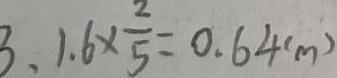
3 、 1 . 6 \times \frac { 2 } { 5 } = 0 . 6 4 ( m )